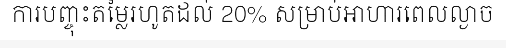
ការបញ្ចុះតម្លៃរហូតដល់ 20% សម្រាប់អាហារពេលល្ងាច